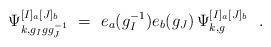
LaTeX: \begin{align*} \Psi_{k,g_Igg_J^{-1}}^{[I]_a[J]_b}\ = \ e_a(g_I^{-1}) e_b(g_J) \, \Psi_{k,g}^{[I]_a[J]_b}\ \ .\end{align*}